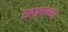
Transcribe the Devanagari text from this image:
लाडवांच्या